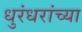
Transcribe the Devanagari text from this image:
धुरंधरांच्या